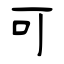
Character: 可